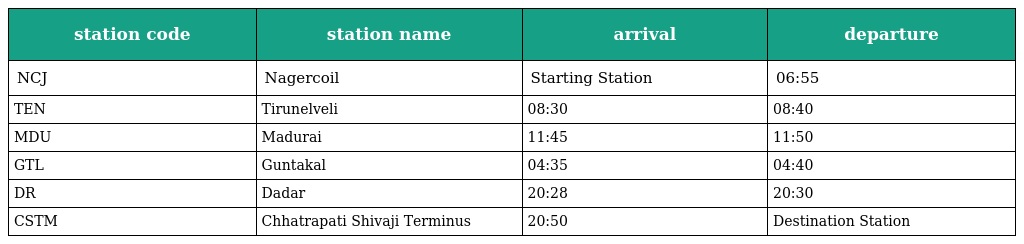
| station code | station name | arrival | departure |
 | --- | --- | --- | --- |
 | NCJ | Nagercoil | Starting Station | 06:55 |
 | TEN | Tirunelveli | 08:30 | 08:40 |
 | MDU | Madurai | 11:45 | 11:50 |
 | GTL | Guntakal | 04:35 | 04:40 |
 | DR | Dadar | 20:28 | 20:30 |
 | CSTM | Chhatrapati Shivaji Terminus | 20:50 | Destination Station |